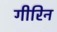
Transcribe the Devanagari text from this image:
गीरिन